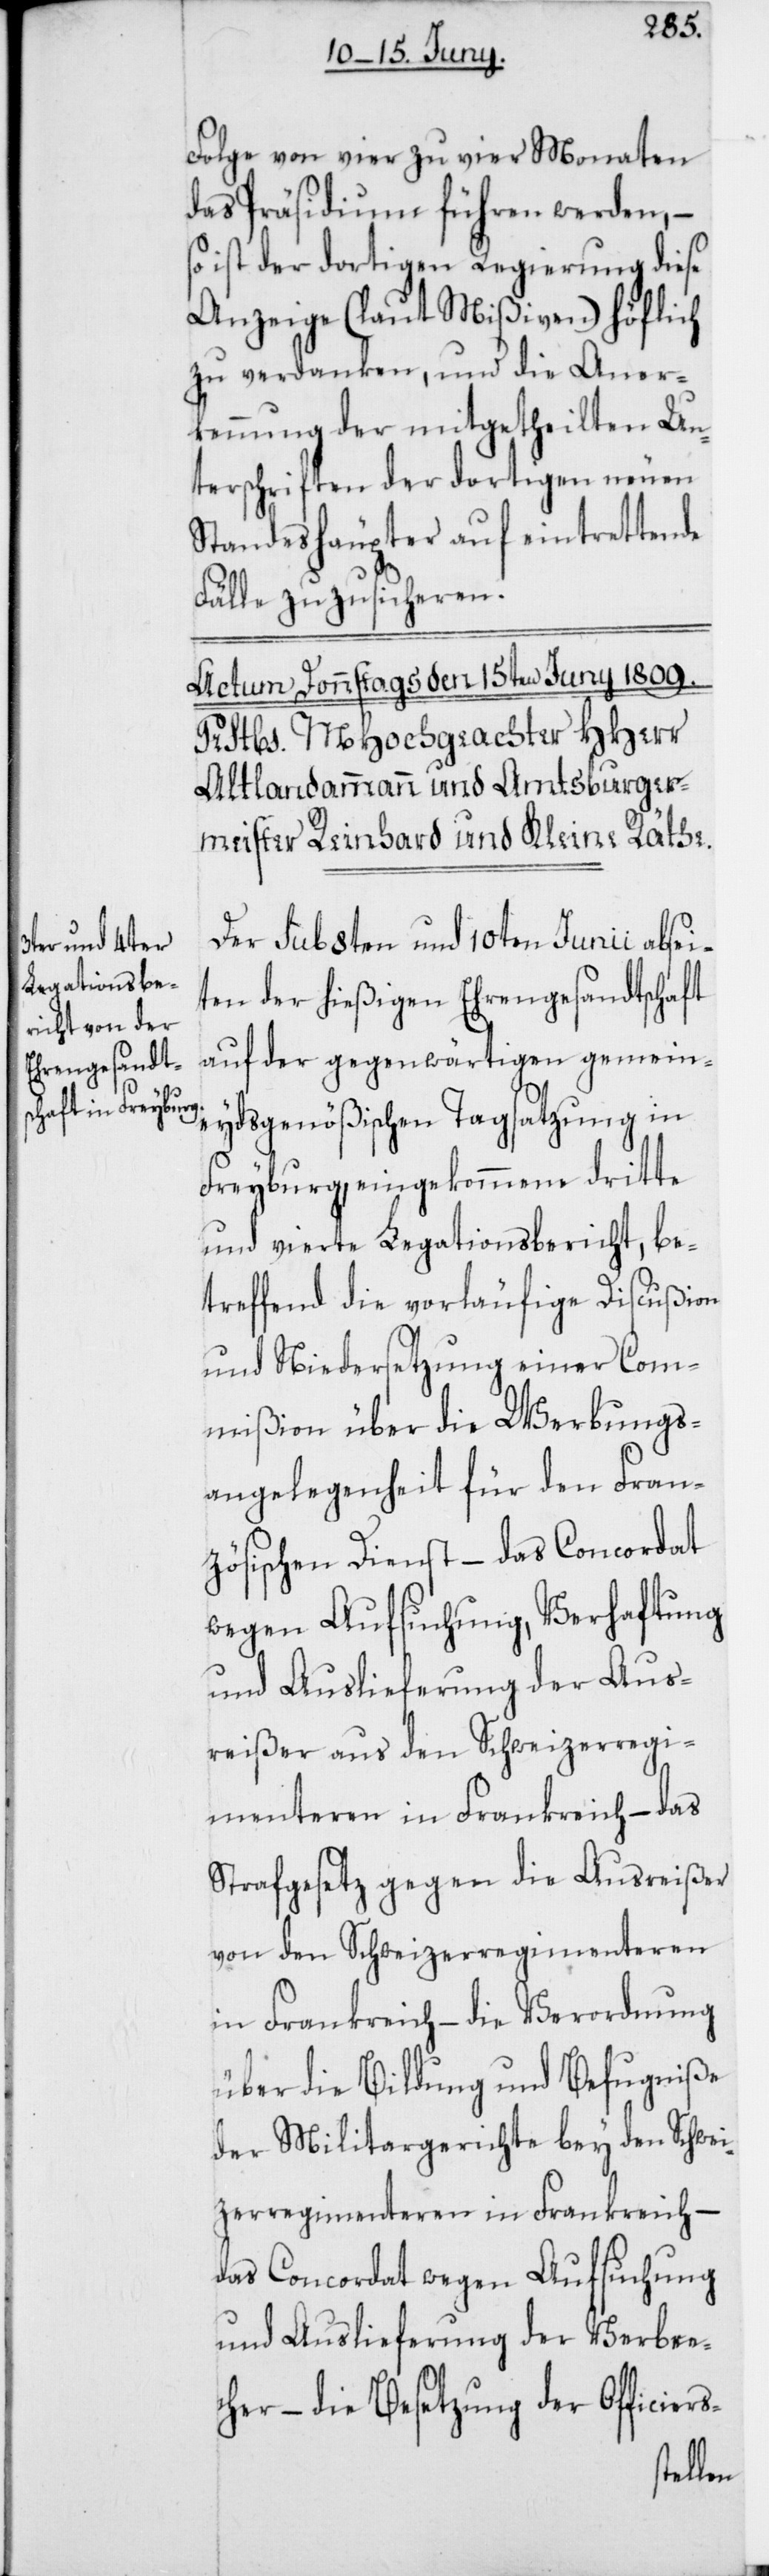
Folge von vier zu vier Monaten
des Präsidium führen werden, –
so ist der dortigen Regierung diese
Anzeige (laut Mißiven) höflich
zu verdanken, und die Aner¬
kennung der mitgetheilten Un¬
terschriften der dortigen neuen
Standeshäupter auf eintrettende
Fälle zuzusicheren.
s-Angelegenheit für den Fran¬
Der sub 8ten und 10ten Junii absei¬
ten der hießigen Ehrengesandtschaft
auf der gegenwärtigen gemein¬
eydsgenößischen Tagsatzung in
Freyburg eingekommene 3te
und 4te Legationsbericht, be¬
treffend die vorläufige Discußion
und Niedersetzung einer Com¬
mißion über die Werbung¬
zösischen Dienst – das Concordat
wegen Aufsuchung, Verhaftung
und Auslieferung der Aus¬
reißer aus den Schweizerregi¬
menteren in Frankreich, – das
Strafgesetz gegen die Ausreißer
von den Schweizerregimenteren
in Frankreich, – die Verordnung
über die Bildung und Befugniße
der Militargerichte bey den Schwei¬
zerregimenteren in Frankreich –
das Concordat wegen Aufsuchung
und Auslieferung der Verbre¬
cher – die Besetzung der Officiers-